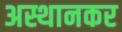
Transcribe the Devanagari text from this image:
अस्थानकर